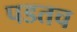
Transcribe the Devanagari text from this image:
पडतच